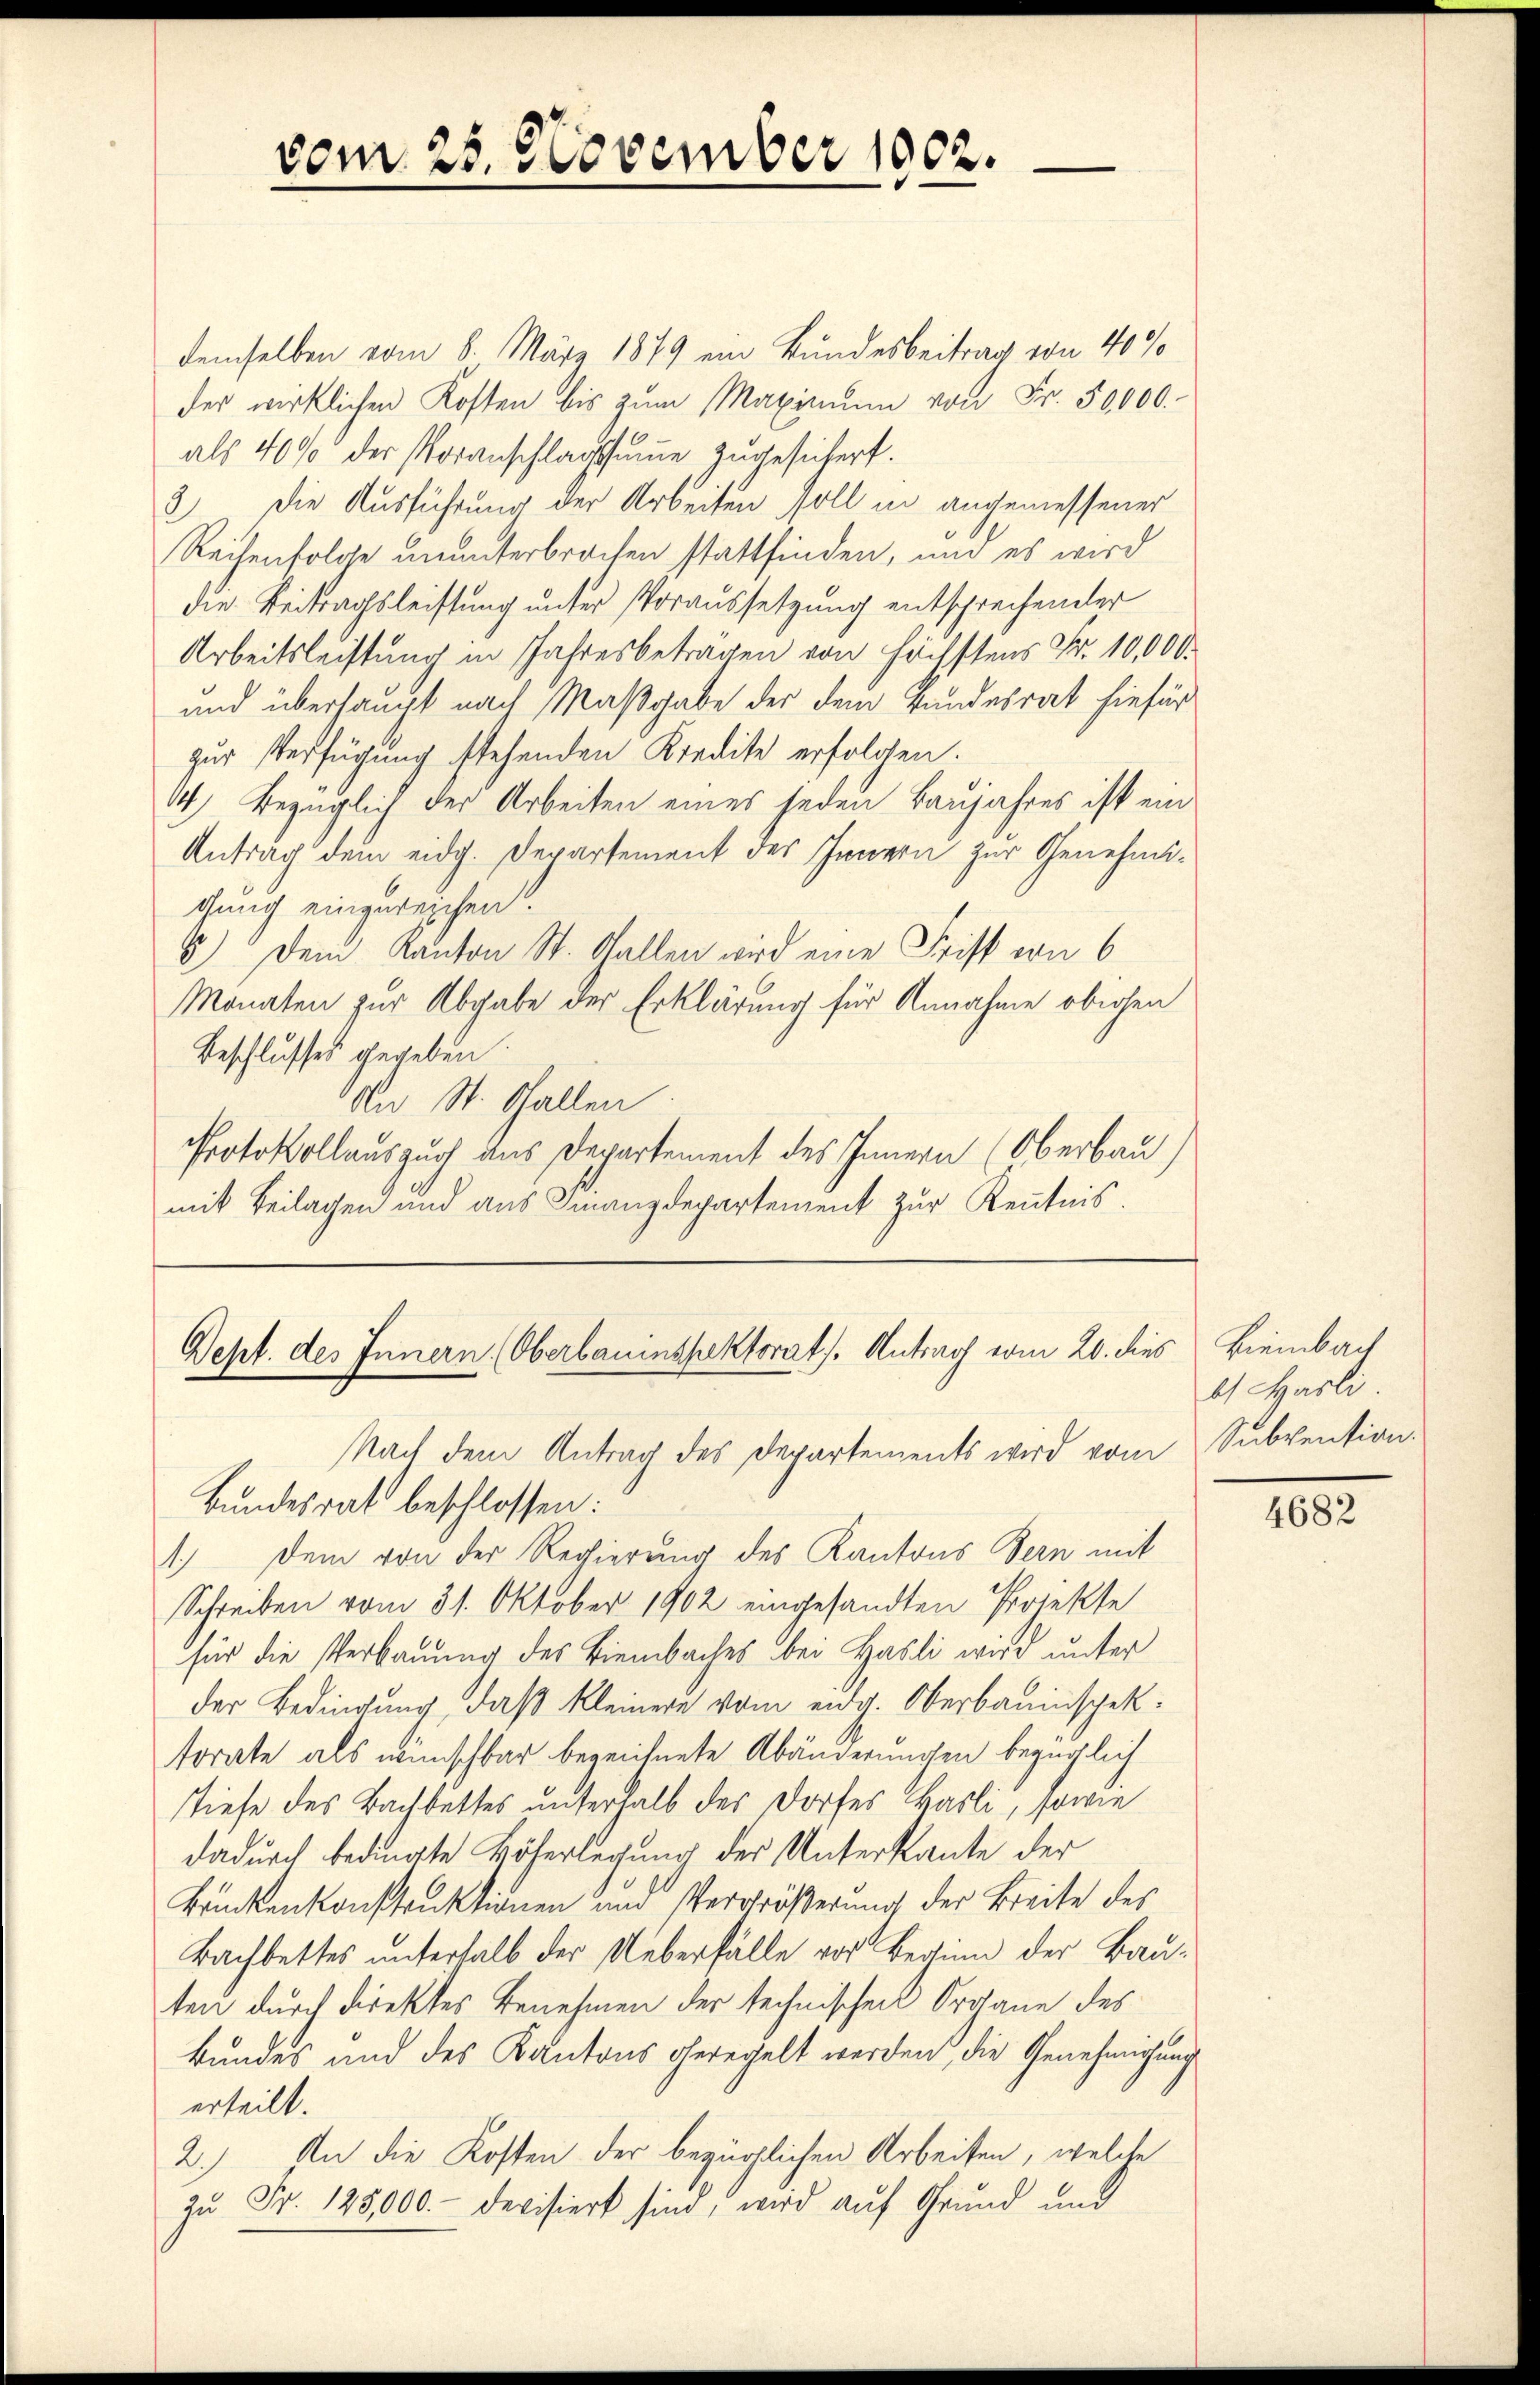
vom 25. November 1002.

demselben vom 8. März 1879 ein Bundesbeitrag von 40%
der wirklichen Kosten bis zŭm Maximum von Fr. 50000.
als 4000 der Voranschlagssumme zugesichert.
2) Die Ausführung der Arbeiten soll in angemessener
Reihenfolge ununterbrochen stattfinden, und es wird
die Beitragsleistung unter Voraussetzung entsprechender
Arbeitsleistung in Jahresbeträgen von höchstens Fr. 10,000.
und überhaupt nach Maßgabe der dem Bundesrat hiefür
zur Verfügung stehenden Kredite erfolgen.
1) Bezüglich der Arbeiten eines jeden Baujahres ist ein
Antrag dem eidg. Departement des Innern zur Genehmichung einzureichen.
5) Dem Kanton St. Gallen wird eine Frist von 6
Monaten zur Abgabe der Erklärung für Annahme obigen
Beschlusses gegeben.
An St. Gallen
Protokollauszug aus Departement des Innern (Oberbau)
mit Beilagen und aus Finanzdepartement zur Kenntnis.

Sept. des Innern (Oberbauinspektorats Antrag vom 20. dies Biembach

b. Hasli

Nach dem Antrag des Departements wird vom Subvention.
Bundesrat beschlossen:
1.) Dem von der Regierung des Kantons Bern mit
Schreiben vom 31. Oktober 1902 eingesandten Projekte
für die Verbauung des Biembaches bei Hasli wird unter
der Bedingung, daß kleinere vom eidg. Oberbauinspektorate als wünschbar bezeichnete Abänderungen bezüglich
Tiese des Bachbettes unterhalb der Dorfes Basli, sowie
dadurch bedingte Höherlegung der Unterkante der
Brückenkonstruktionen und Vergrößerung der Breite des
Bachbettes unterhalb der Ueberfälle vor Beginn der Bauten durch direktes Benehmen der technischen Organe des
Bundes und des Kantons geregelt werden, die Genehmigung
erteilt.
2.) An die Kosten der bezüglichen Arbeiten, welche
zu Fr. 128,000. Devisiert sind, wird auf Grund und

4682